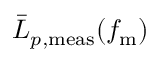
\bar { L } _ { p , \mathrm { m e a s } } ( f _ { \mathrm { m } } )